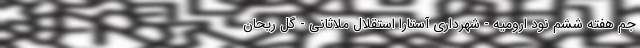
جم هفته ششم نود ارومیه - شهرداری آستارا استقلال ملاثانی - گل ریحان